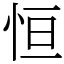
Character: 恒